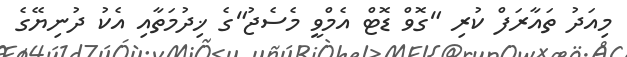
މިއަދު ތައާރަފް ކުރި "ގޮވް ޑޮޓް އެމްވީ މެސެޖު"ގެ ޚިދުމަތާއި އެކު ދުނިޔޭގެ